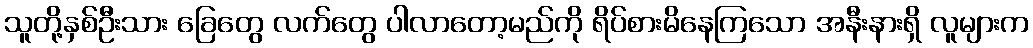
သူတို့နှစ်ဦးသား ခြေတွေ လက်တွေ ပါလာတော့မည်ကို ရိပ်စားမိနေကြသော အနီးနားရှိ လူများက